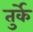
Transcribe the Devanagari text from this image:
तुर्के